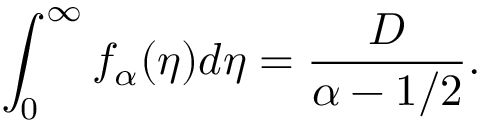
\int _ { 0 } ^ { \infty } f _ { \alpha } ( \eta ) d \eta = \frac { D } { \alpha - 1 / 2 } .